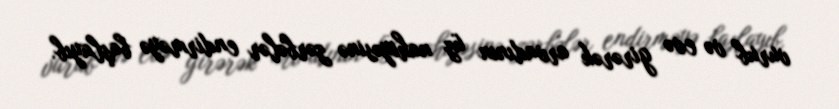
vurub və evə girərək arvadının üz nahiyəsinə zərbələr endirməyə başlayıb.